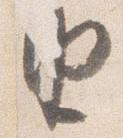
由